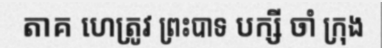
តាគ ហេត្រូវ ព្រះបាទ បក្សី ចាំ ក្រុង